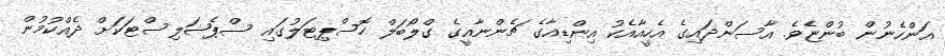
އަންހެނުން ބުންޏެވެ. އާސަންދައިގެ އެހީއާއެކު އިންޑިއާގެ ޗެންނާއީގެ ގްލޯބަލް ހޮސްޕިޓަލުގައި ސްޕެޝަލިސްޓަކަށް ދެއްކުމުން